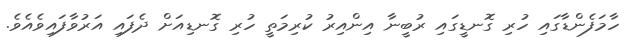
ހާމަފެންޑާގައި ހުރި ގޮނޑީގައި ރުބީނާ އިންއިރު ކުރިމަތީ ހުރި ގޮނޑިއަށް ދެފައި އަރުވާފައިވެއެވެ.